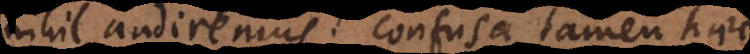
nihil audiremus; confusa tamen haec